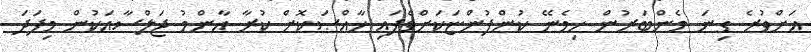
އަށްވުރެ ގިނަ މެންބަރުން ހިމެނޭ ކުންފުންޏަކަށްވެފައި ޚާއްޞަކޮށް ކުރާ އާންމު ޖަލްސާއަކުން މިފަދަ